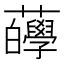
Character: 𧅷